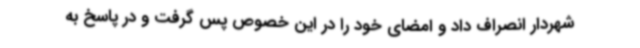
شهردار انصراف داد و امضای خود را در این خصوص پس گرفت و در پاسخ به